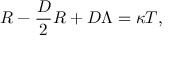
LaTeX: R - { \frac { D } { 2 } } R + D \Lambda = \kappa T ,